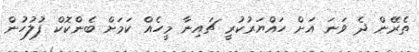
ތެރޭން ދެ ވަނަ އަށް ހައްޔަރުކުރީ ޗައިނާ މީހެއް ކަމަށް ބެންކޮކް ފުލުހުން